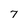
Character: 7